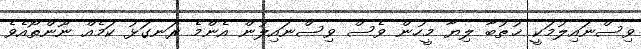
ވިސްނައިލުމަކީ ޚުޠުބާ ލިޔާ މީހުން ވެސް ވިސްނައިލުން އެންމެ ރަނގަޅު ކަމެއް ނޫންތޯއެވެ